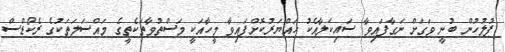
ފުލުހުން ބުނީ ވަގަށް ނަގާފައިވާ ސައިކަލާއެކު ހައްޔަރުކޮށްފައިވާ މީހާއަކީ މަސްތުވާތަކެތީގެ މައްސަލަތަކުގެ ރެކޯޑްސް